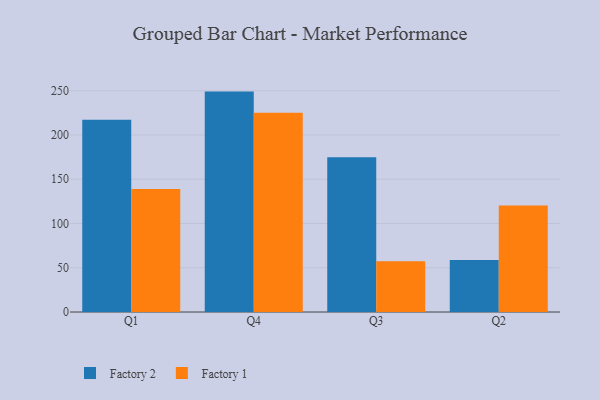
{"axis": {"x": "Quarter", "y": "Operating Costs (USD K)"}, "legend": ["Factory 1", "Factory 2"], "data": [{"x": "Q1", "y": 217.1, "type": "Factory 2"}, {"x": "Q1", "y": 139.0, "type": "Factory 1"}, {"x": "Q4", "y": 249.0, "type": "Factory 2"}, {"x": "Q4", "y": 225.2, "type": "Factory 1"}, {"x": "Q3", "y": 174.9, "type": "Factory 2"}, {"x": "Q3", "y": 57.4, "type": "Factory 1"}, {"x": "Q2", "y": 58.7, "type": "Factory 2"}, {"x": "Q2", "y": 120.4, "type": "Factory 1"}]}